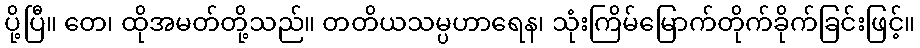
ပို့ပြီ။ တေ၊ ထိုအမတ်တို့သည်။ တတိယသမ္ပဟာရေန၊ သုံးကြိမ်မြောက်တိုက်ခိုက်ခြင်းဖြင့်။